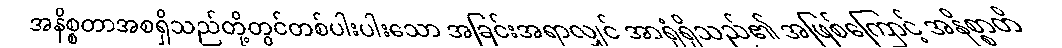
အနိစ္စတာအစရှိသည်တို့တွင်တစ်ပါးပါးသော အခြင်းအရာလျှင် အာရုံရှိသည်၏ အဖြစ်ကြောင့် အနိစ္စာတိ